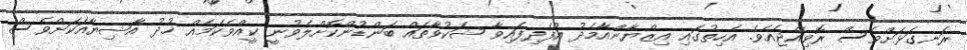
ރަނގަޅަށްވެސް ރޮވިއްޖެއެވެ. އެހިތުގައި އިޒްޔާންއާމެދު އުފެދިފައިވާ ޝަކުވާތައް ބަންޑުންކޮށްލެވުނީ ކީއްވެކަމެއް ޚުދު އާޝިޔާއަކަށްވެސް